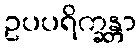
ဥပပရိက္ခန္တာ